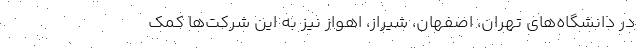
در دانشگاه‌های تهران، اصفهان، شیراز، اهواز نیز به این شرکت‌ها کمک